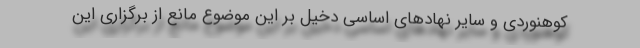
کوهنوردی و سایر نهاد‌های اساسی دخیل بر این موضوع مانع از برگزاری این